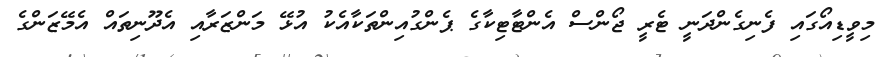
މިވީޑިއޯގައި ފެނިގެންދަނީ ޓެރީ ޖޯންސް އެންޓާޓިކާގެ ޕެންގުއިންތަކާއެކު އުޅޭ މަންޒަރާއި އެދޫނިތައް އެމޭޒަންގެ